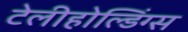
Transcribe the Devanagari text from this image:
टेलीहोल्डिंग्स